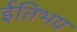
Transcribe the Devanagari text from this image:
ईतिभय